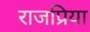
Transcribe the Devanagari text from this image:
राजप्रिया